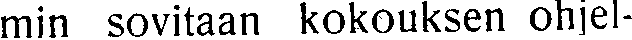
min sovitaan kokouksen ohjel-